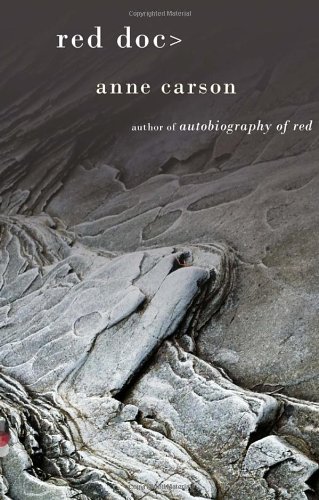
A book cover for Red Doc> (Vintage Contemporaries); Anne Carson; Literature & Fiction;